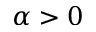
\alpha > 0